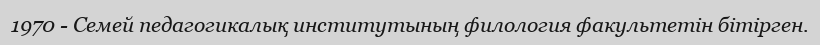
1970 - Семей педагогикалық институтының филология факультетін бітірген.